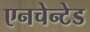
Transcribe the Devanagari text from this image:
एनचेन्टेड